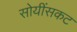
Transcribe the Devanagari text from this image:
सोयींसकट